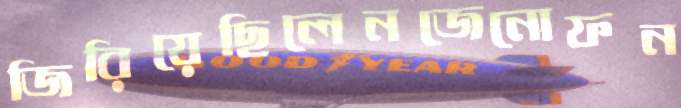
জিরিয়েছিলেনজেনোফন